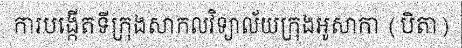
ការបង្កើតទីក្រុងសាកលវិទ្យាល័យក្រុងអូសាកា (បិតា)